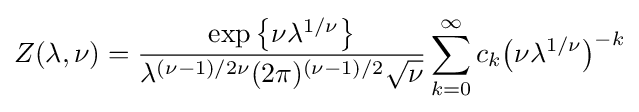
Z(\lambda ,\nu )={\frac {\exp \left\{\nu \lambda ^{1/\nu }\right\}}{\lambda ^{(\nu -1)/2\nu }(2\pi )^{(\nu -1)/2}{\sqrt {\nu }}}}\sum _{k=0}^{\infty }c_{k}{\big (}\nu \lambda ^{1/\nu }{\big )}^{-k}